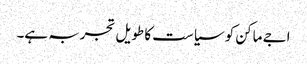
اجے ماکن کو سیاست کا طویل تجربہ ہے۔